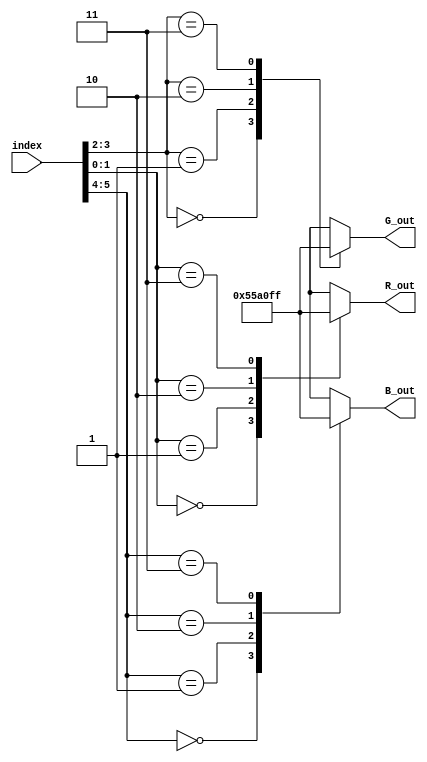

// amplitude levels for RGB are 4
// maximum axis are 3
// maximum indces = 4^3 = 64
module index_to_RGB(index, R_out, G_out, B_out);

input	[5:0] index;
output	[7:0] R_out, G_out, B_out;
reg		[7:0] R_out, G_out, B_out;

// define amplitude levels for each axis
parameter a0_R = 0;
parameter a1_R = 85;
parameter a2_R = 160;
parameter a3_R = 255;

parameter a0_G = 0;
parameter a1_G = 85;
parameter a2_G = 160;
parameter a3_G = 255;

parameter a0_B = 0;
parameter a1_B = 85;
parameter a2_B = 160;
parameter a3_B = 255;


always @ *
begin
	case (index[1:0])
		2'b00: begin R_out = a0_R; end
		2'b01: begin R_out = a1_R; end
		2'b10: begin R_out = a2_R; end
		2'b11: begin R_out = a3_R; end
	endcase
end

always @ *
begin
	case (index[3:2])
		2'b00: begin G_out = a0_G; end
		2'b01: begin G_out = a1_G; end
		2'b10: begin G_out = a2_G; end
		2'b11: begin G_out = a3_G; end
	endcase
end

always @ *
begin
	case (index[5:4])
		2'b00: begin B_out = a0_B; end
		2'b01: begin B_out = a1_B; end
		2'b10: begin B_out = a2_B; end
		2'b11: begin B_out = a3_B; end
	endcase
end

endmodule